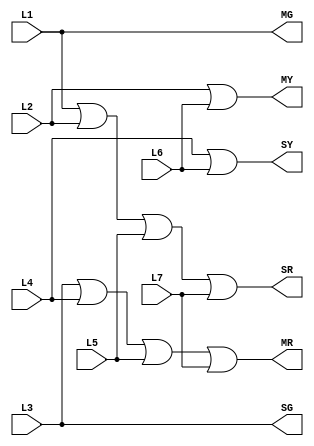
`timescale 1ns / 1ps
//////////////////////////////////////////////////////////////////////////////////
// Company: 
// Engineer: 
// 
// Design Name: 
// Module Name: LightOutputLogic
// Project Name: 
// Target Devices: 
// Tool Versions: 
// Description: 
// 
// Dependencies: 
// 
// Revision:
// Revision 0.01 - File Created
// Additional Comments:
// 
//////////////////////////////////////////////////////////////////////////////////


module LightOutputLogic(L1, L2, L3, L4, L5, L6, L7, MR, MY, MG, SR, SY, SG);
   input   L1;
   input   L2;
   input   L3;
   input   L4;
   input   L5;
   input   L6;
   input   L7;
   output  MR;
   output  MY;
   output  MG;
   output  SR;
   output  SY;
   output  SG;
   
   assign MR = L3 | L4 | L5 | L7;
   assign MY = L2 | L6;
   assign MG = L1;
   assign SR = L1 | L2 | L5 | L7;
   assign SY = L4 | L6;
   assign SG = L3;
   
endmodule